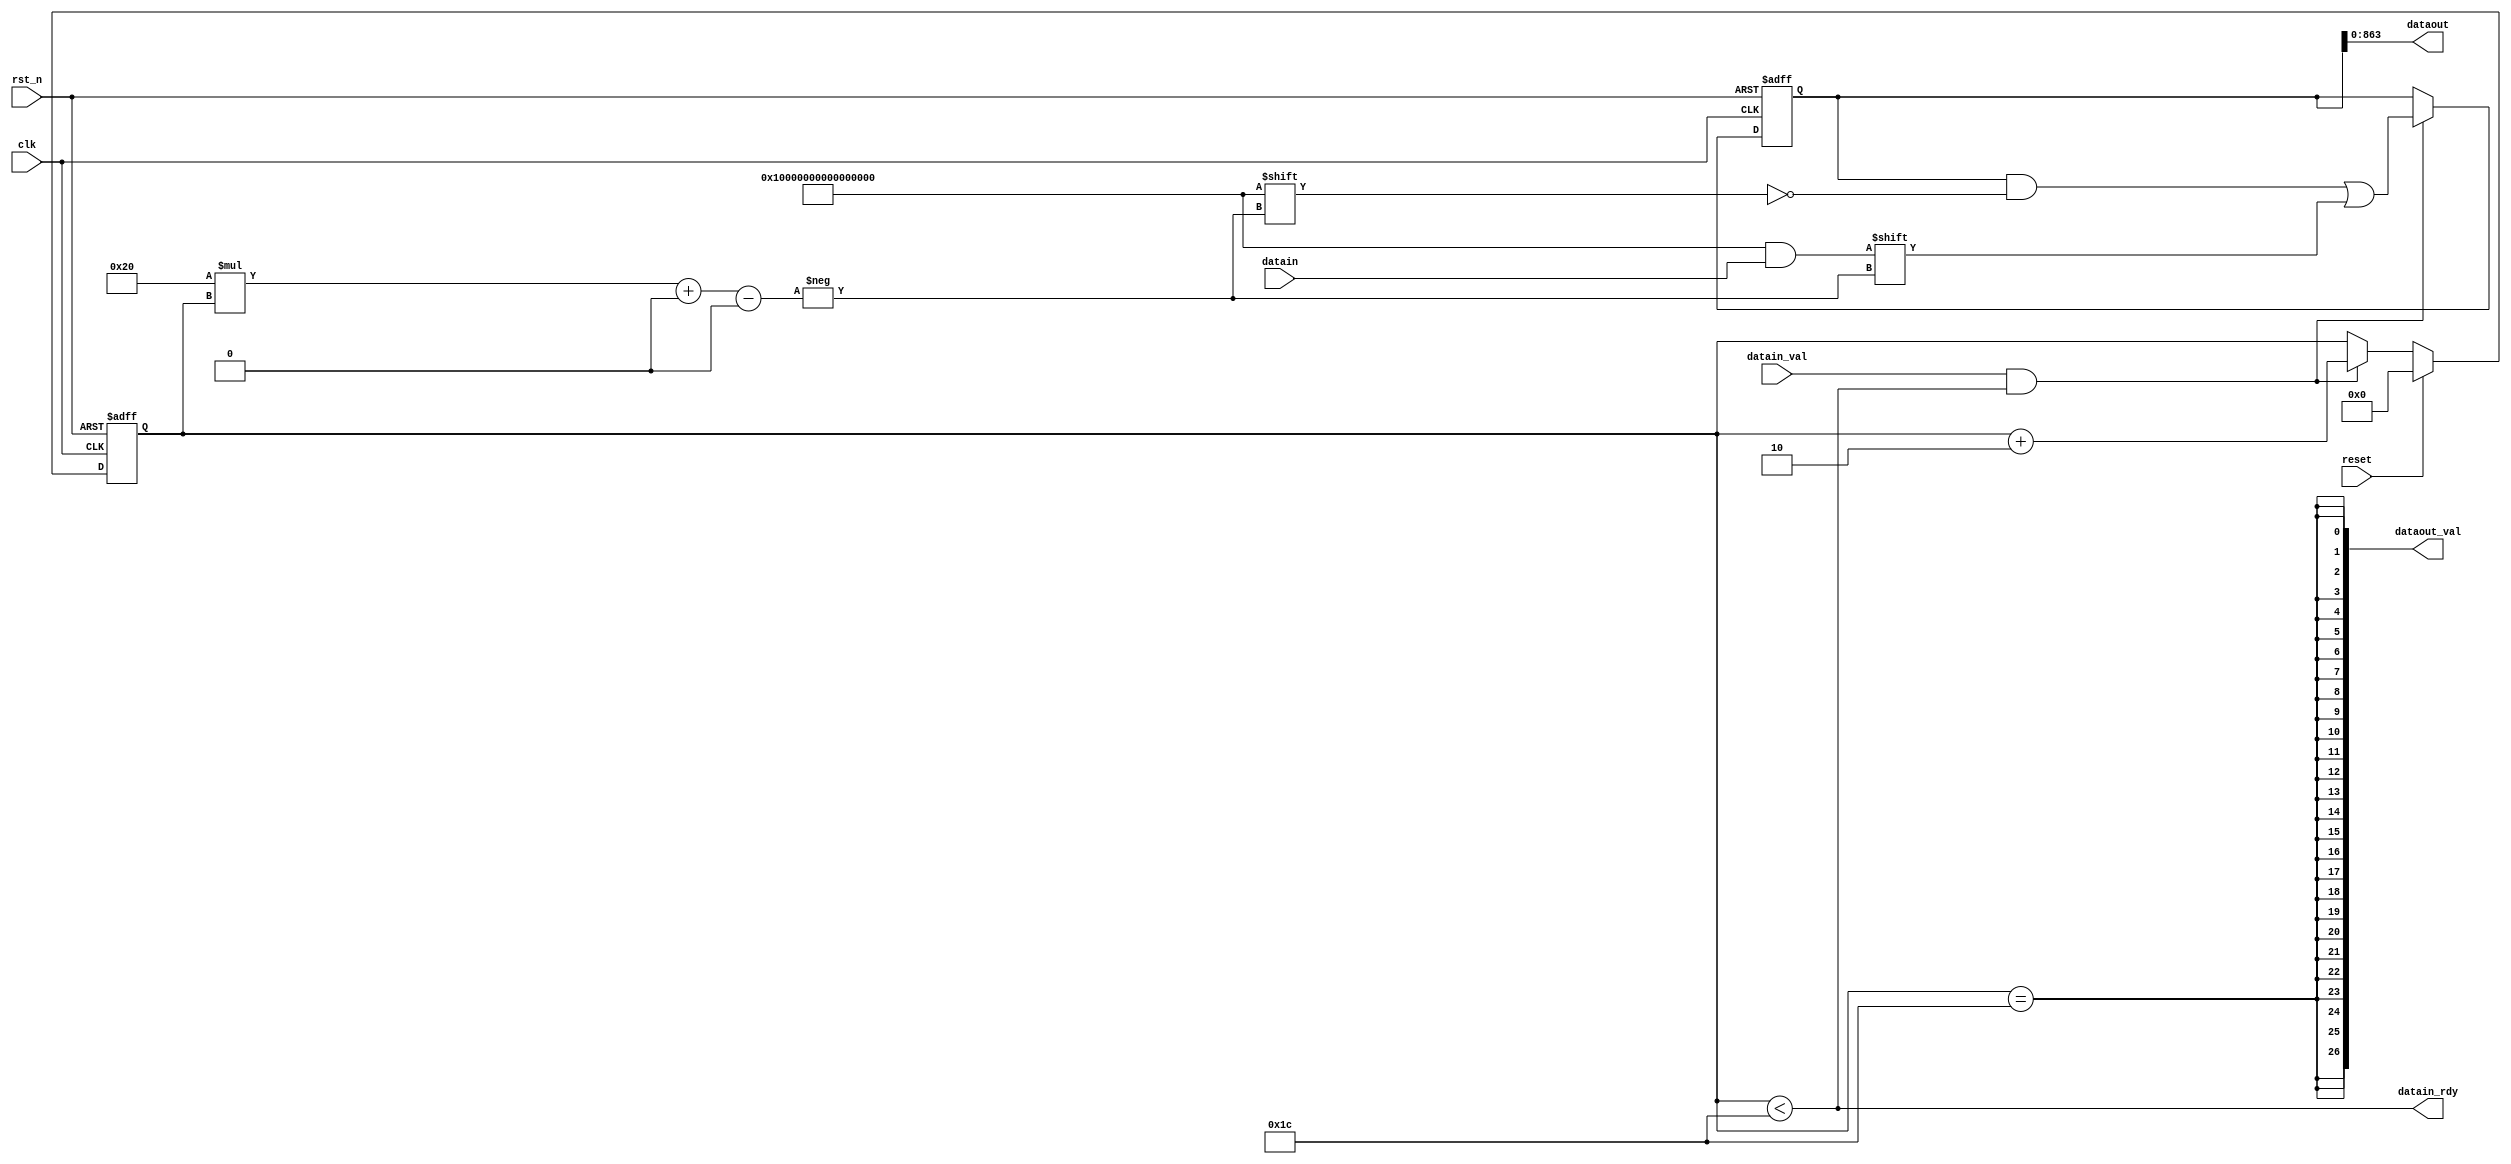
module REGFLGWEI #( // Handshake
    parameter  DATA_WIDTH = 32,
    parameter  ADDR_WIDTH = 5,
    parameter  WR_NUM = 2,
    parameter  RD_NUM = 27 
) (
    input                               clk     ,
    input                               rst_n   ,
    input                               reset   ,
    output                              datain_rdy,
    input                               datain_val,
    input [ DATA_WIDTH*WR_NUM   -1 : 0] datain,

    output[ RD_NUM              -1 : 0] dataout_val,
    output[DATA_WIDTH *RD_NUM   -1 : 0] dataout

);
//=====================================================================================================================
// Constant Definition :
//=====================================================================================================================





//=====================================================================================================================
// Variable Definition :
//=====================================================================================================================
reg [ ADDR_WIDTH                -1 : 0] wr_pointer;
reg [ DATA_WIDTH*(RD_NUM+1)               -1 : 0] mem; //[ 0 : RD_NUM ]; // 28
wire [ DATA_WIDTH               -1 : 0] MEM_mem[ 0 : RD_NUM]; //[ 0 : RD_NUM ]; // 28

//=====================================================================================================================
// Logic Design :
//=====================================================================================================================


always @ (posedge clk or negedge rst_n)
begin : WRITE_PTR
  if (!rst_n) begin
    wr_pointer <= 0;
  end else if( reset )begin
    wr_pointer <= 0;
  end else if (datain_val && datain_rdy) begin
    wr_pointer <= wr_pointer + WR_NUM;
  end
end

wire[ ADDR_WIDTH    -1 : 0] wr_addr;
assign wr_addr = wr_pointer; // transform to register address
always @ (posedge clk or negedge rst_n) begin :WRITE
  if( !rst_n) begin
    mem <= 0;
  end else if (datain_val && datain_rdy) begin
    mem[ DATA_WIDTH*wr_addr +: (DATA_WIDTH*WR_NUM)] <= datain;
  end
end

assign datain_rdy = wr_pointer < (RD_NUM + 1); // < 14

generate
    genvar i;
    for(i=0;i<RD_NUM;i=i+1) begin
        assign dataout[DATA_WIDTH*i +: DATA_WIDTH] = mem[DATA_WIDTH*i +: DATA_WIDTH];
        assign dataout_val[i] = wr_pointer == RD_NUM + 1; //14
        assign MEM_mem[i] = mem[DATA_WIDTH*i +: DATA_WIDTH];
    end
endgenerate


//=====================================================================================================================
// Sub-Module :
//=====================================================================================================================


endmodule